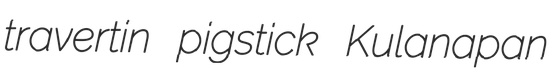
travertin pigstick Kulanapan